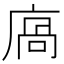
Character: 㢐